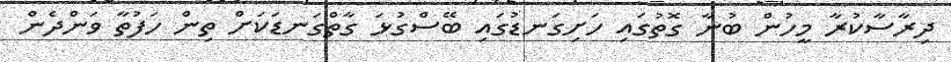
ދިރާސާކުރާ މީހުން ބުނާ ގޮތުގައި ހަށިގަނޑުގައި ބޭސްގުޅަ ގާތްގަނޑަކަށް ތިން ހަފުތާ ވަންދެން